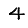
Digit: 4